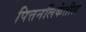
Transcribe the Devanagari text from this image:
पित्तनलिकेतील